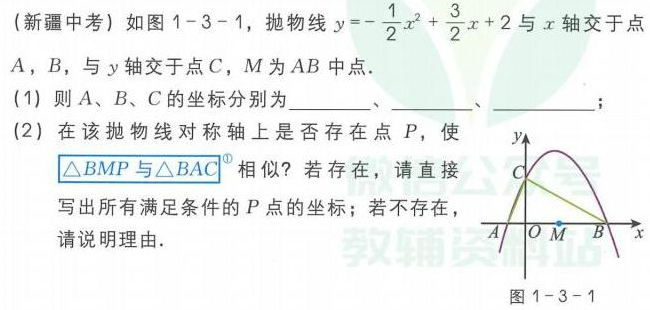
(新疆中考) 如图1 - 3 - 1，抛物线$y =-\frac{1}{2}x^{2}+\frac{3}{2}x + 2$与$x$轴交于点
$A$，$B$，与$y$轴交于点$C$，$M$为$AB$中点.
(1) 则$A$、$B$、$C$的坐标分别为_______、_______、_______；
(2) 在该抛物线对称轴上是否存在点$P$，使
$\triangle BMP$与$\triangle BAC$相似？若存在，请直接
写出所有满足条件的$P$点的坐标；若不存在，
请说明理由.
图1 - 3 - 1